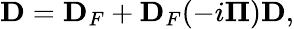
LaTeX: {\mathbf D}={\mathbf D}_{F}+{\mathbf D}_{F}(-i{\mathbf\Pi}){\mathbf D},